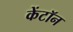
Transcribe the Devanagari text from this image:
केंटॉन